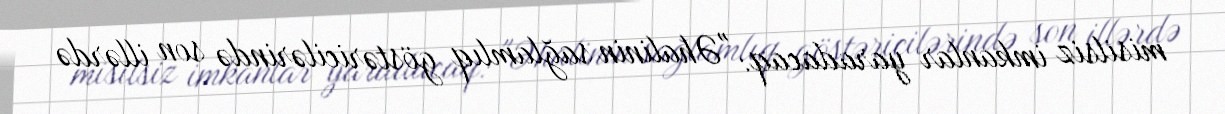
misilsiz imkanlar yaradacaq: "Əhalinin sağlamlıq göstəricilərində son illərdə